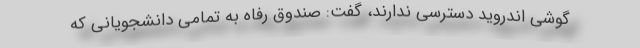
گوشی اندروید دسترسی ندارند، گفت: صندوق رفاه به تمامی دانشجویانی که